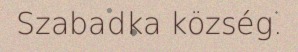
Szabadka község.